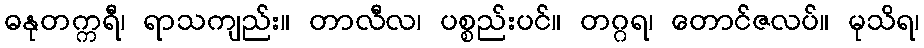
ဓနုတက္ကရီ၊ ရာသကျည်း။ တာလီလ၊ ပစ္စည်းပင်။ တဂ္ဂရ၊ တောင်ဇလပ်။ မုသိရ၊